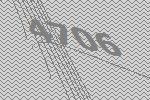
4706